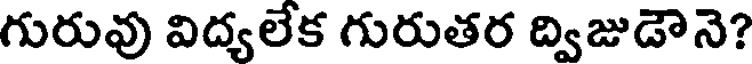
గురువు విద్యలేక గురుతర ద్విజుడౌనె?